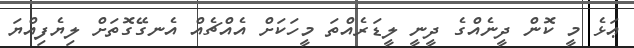
ޢަޅެ މީ ކޮން ދީނެއްގެ ދީނީ ލީޑަރެއްތަ މީހަކަށް އެއްޗެއް އެނގޭގޮތަށް ލިޔެފިއްޔަ